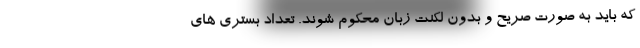
که باید به صورت صریح و بدون لکنت زبان محکوم شوند. تعداد بستری های